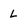
Character: L